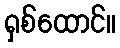
ရှစ်ထောင်။